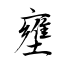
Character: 壅